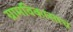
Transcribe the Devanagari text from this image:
ग्रामविकासाच